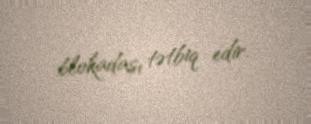
blokadası tətbiq edir.